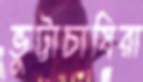
ভুট্টাচাষিরা